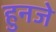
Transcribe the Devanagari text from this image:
हुनजे